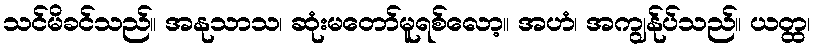
သင်မိခင်သည်။ အနုသာသ၊ ဆုံးမတော်မူရစ်လော့။ အဟံ၊ အကျွန်ုပ်သည်။ ယတ္ထ၊